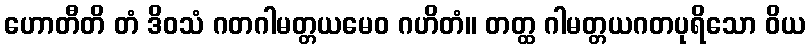
ဟောတီတိ တံ ဒိဝသံ ဂတဂါမတ္တယမေဝ ဂဟိတံ။ တတ္ထ ဂါမတ္တယဂတပုရိသော ဝိယ